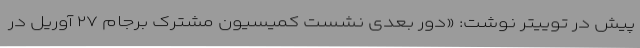
پیش در توییتر نوشت: «دور بعدی نشست کمیسیون مشترک برجام ۲۷ آوریل در